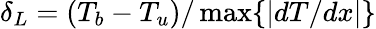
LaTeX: \delta_{L}=(T_{b}-T_{u})/\operatorname*{max}\{ |dT/dx|\}